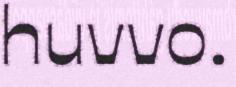
huvvo.